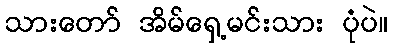
သားတော် အိမ်ရှေ့မင်းသား ပုံပဲ။